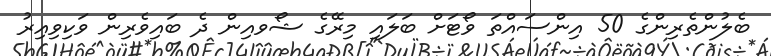
ބެލުންތެރިންގެ 50 އިންސައްތަ ވޯޓަށް ބަލައި މިރޭގެ ޝޯވއިން ދެ ބައިވެރިން ވަކިވިއިރު